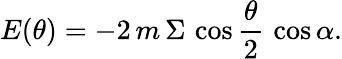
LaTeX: E(\theta)=-2\, m\, \Sigma\, \cos{\frac{\theta}{2}}\, \cos\alpha.